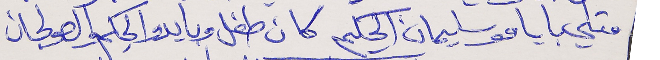
متلي بايامو سليمان الحكيم      كان طفل وبايدو الحِكم والصولجان